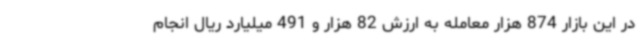
در این بازار 874 هزار معامله به ارزش 82 هزار و 491 میلیارد ریال انجام